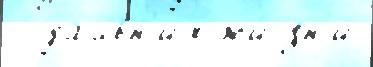
  да́льн'их жи́зн'и